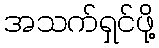
အသက်ရှင်ဖို့